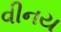
વીનય